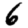
Digit: 6